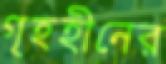
গৃহহীনের